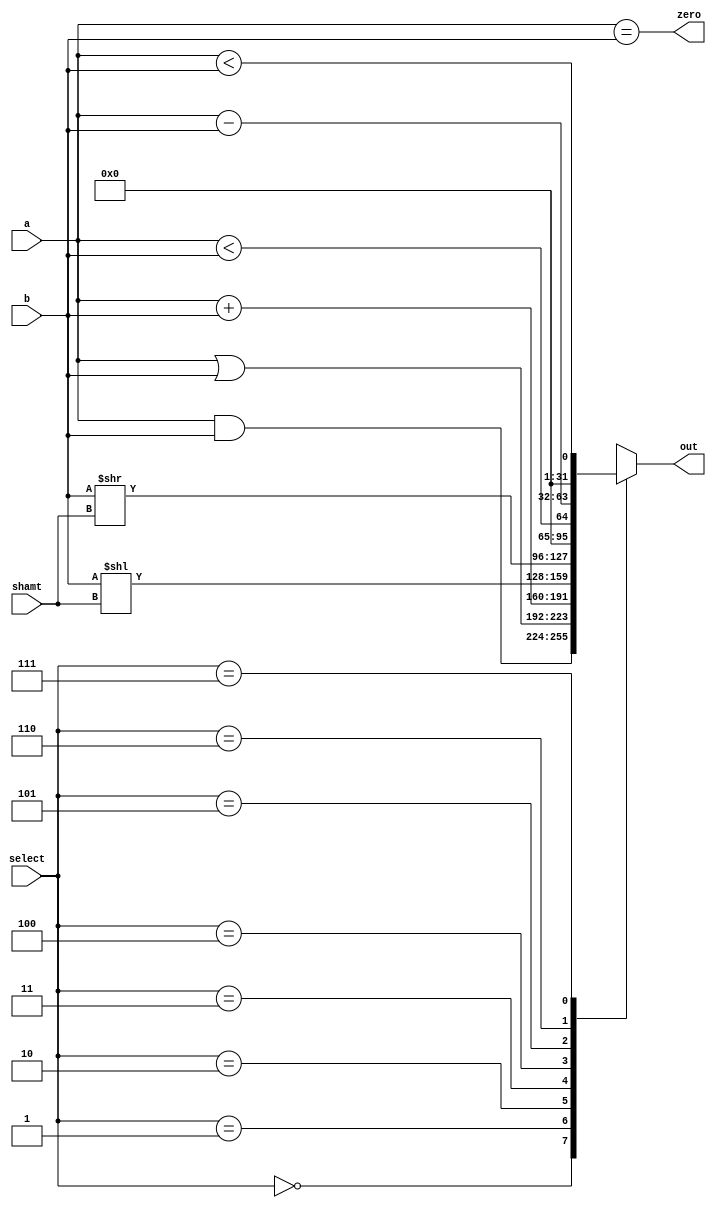
module alu(output reg [31:0] out, output zero, input  [31:0] a,input  [31:0] b,input  [2:0] select, input [4:0] shamt);

  always @(a, b, select)
  begin
    case(select)
    3'b000: out = a & b;
    3'b001: out = a | b;
    3'b010: out = a + b;
    3'b011: out = b << shamt;
    3'b100: out = b >> shamt;
    3'b101: out = a < b;
    3'b110: out = a - b;
    3'b111: out = $signed(a) < $signed(b);
    endcase
  end
  
  assign zero = a == b;
  
endmodule